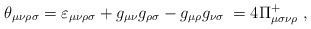
\begin{align*}\theta _{\mu \nu \rho \sigma }=\varepsilon _{\mu \nu \rho \sigma }+g_{\mu\nu }g_{\rho \sigma }-g_{\mu \rho }g_{\nu \sigma }\;=4\Pi _{\mu \sigma \nu\rho }^{+}\;, \end{align*}